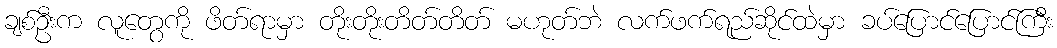
ချစ်ဦးက လူတွေကို ဖိတ်ရာမှာ တိုးတိုးတိတ်တိတ် မဟုတ်ဘဲ လက်ဖက်ရည်ဆိုင်ထဲမှာ ခပ်ပြောင်ပြောင်ကြီး